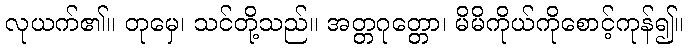
လုယက်၏။ တုမှေ၊ သင်တို့သည်။ အတ္တဂုတ္တော၊ မိမိကိုယ်ကိုစောင့်ကုန်၍။